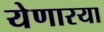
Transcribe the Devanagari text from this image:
येणारया